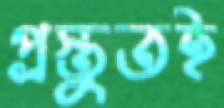
প্রস্তুতই